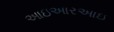
આઇઆરઆઇ